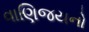
વાણિજયનો